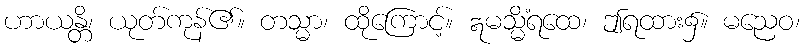
ဟာယန္တိ၊ ယုတ်ကုန်၏။ တသ္မာ၊ ထိုကြောင့်။ ဣမသ္မိံရထေ၊ ဤရထား၌။ မညေဝ၊